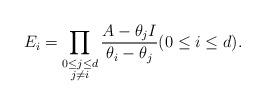
LaTeX: \begin{align*}E_i = \prod_{\substack{0 \leq j \leq d \\ j \ne i}}\frac{A-\theta_j I}{\theta_i-\theta_j } (0 \leq i \leq d).\end{align*}